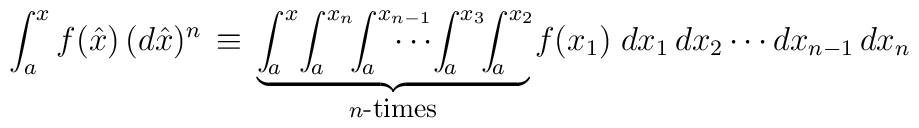
\int_a^x f(\hat{x})\,(d\hat{x})^n\,\equiv\,\underbrace{\int^{x}_{\!a}\!\int^{x_n}_{\!a}\!\!  \int^{x_{n-1}}_{\!a}\!\!\!\!\!\!\!\!\cdots\!\int^{x_3}_{\!a}  \!\!\int^{x_2}_{\!a}\!}_{n \mbox{\footnotesize-times}} f(x_1) \;dx_1\,dx_2 \cdots dx_{n-1}\,dx_n